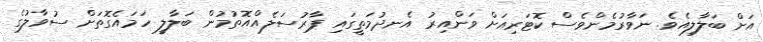
އަށް ބަލާލިއެވެ. ނަވާރުމެންވެސް ކޮޓަރިއަށް ވަންއިރު އެނދުމަތީގައި ޕާރުސަލެެއްއޮތުމުން ބަލާލީ ހަމައެގޮތަށް ސުވާލުގެ